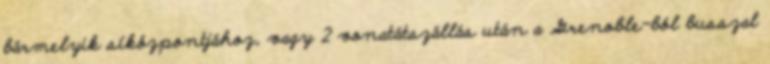
bármelyik síközpontjához, vagy 2 vonatátszállás után a Grenoble-ból busszal